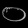
Digit: ၀